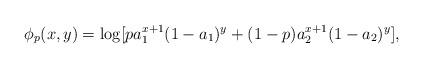
LaTeX: \begin{align*} \phi_{p}(x,y) =\log [ p a_1^{x+1}(1-a_1)^y +(1-p) a_2^{x+1}(1-a_2)^y ] ,\end{align*}